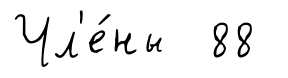
Чл'е́ны 88